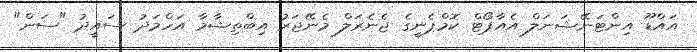
އައްޑޫ އިންޓަނޭޝަނަލް އެއާޕޯޓް ކޮމްޕެނީގެ ޖެނެރަލް މެނޭޖަރު އިބްތިޝާމާ އަހްމަދު ސައީދު "ސަން"